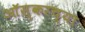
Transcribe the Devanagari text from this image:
आॅस्करच्या